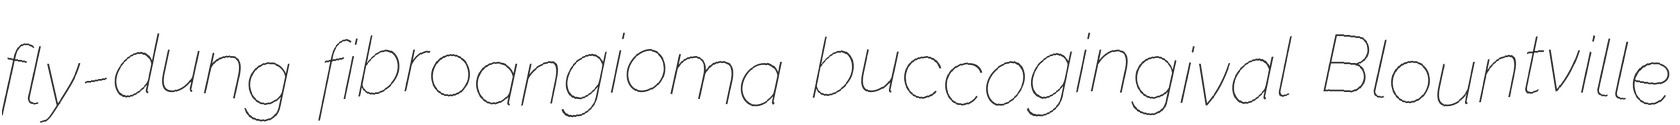
fly-dung fibroangioma buccogingival Blountville